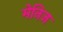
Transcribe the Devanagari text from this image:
मेनिज